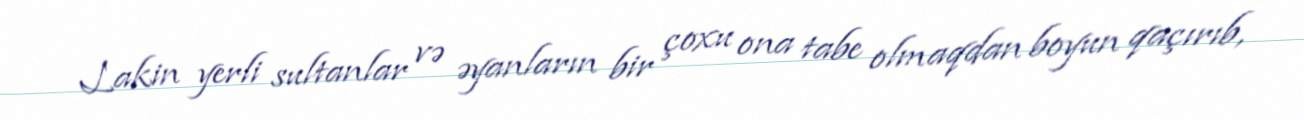
Lakin yerli sultanlar və əyanların bir çoxu ona tabe olmaqdan boyun qaçırıb,